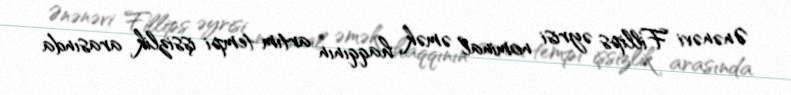
Ənənəvi Fillips əyrisi nominal əmək haqqının artım tempi işsizlik arasında